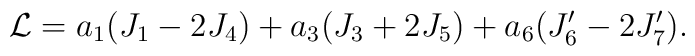
{\cal L} = a_1 ( J_1 - 2 J_4 )+ a_3 ( J_3 + 2 J_5 )+ a_6 ( J'_6 -2 J'_7 ).